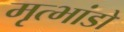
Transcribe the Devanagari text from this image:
मृत्भांडों